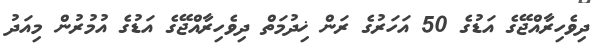
ދިވެހިރާއްޖޭގެ އަޑުގެ 50 އަހަރުގެ ރަން ޚިދުމަތް ދިވެހިރާއްޖޭގެ އަޑުގެ އުމުރުން މިއަދު